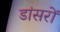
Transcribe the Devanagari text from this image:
डांसरों